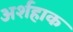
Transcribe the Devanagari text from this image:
अर्शहाक